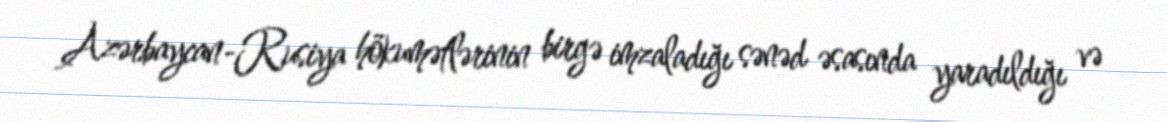
Azərbaycan-Rusiya hökumətlərinin birgə imzaladığı sənəd əsasında yaradıldığı və